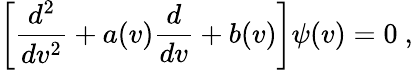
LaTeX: \left[\frac{d^{2}}{dv^{2}}+a(v)\frac{d}{dv}+b(v)\right]\psi(v)=0~,